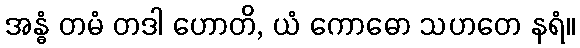
အန္ဓံ တမံ တဒါ ဟောတိ, ယံ ကောဓော သဟတေ နရံ။